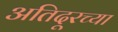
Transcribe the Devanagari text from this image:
अतिदूरच्या